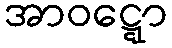
အာဝဋ္ဋော